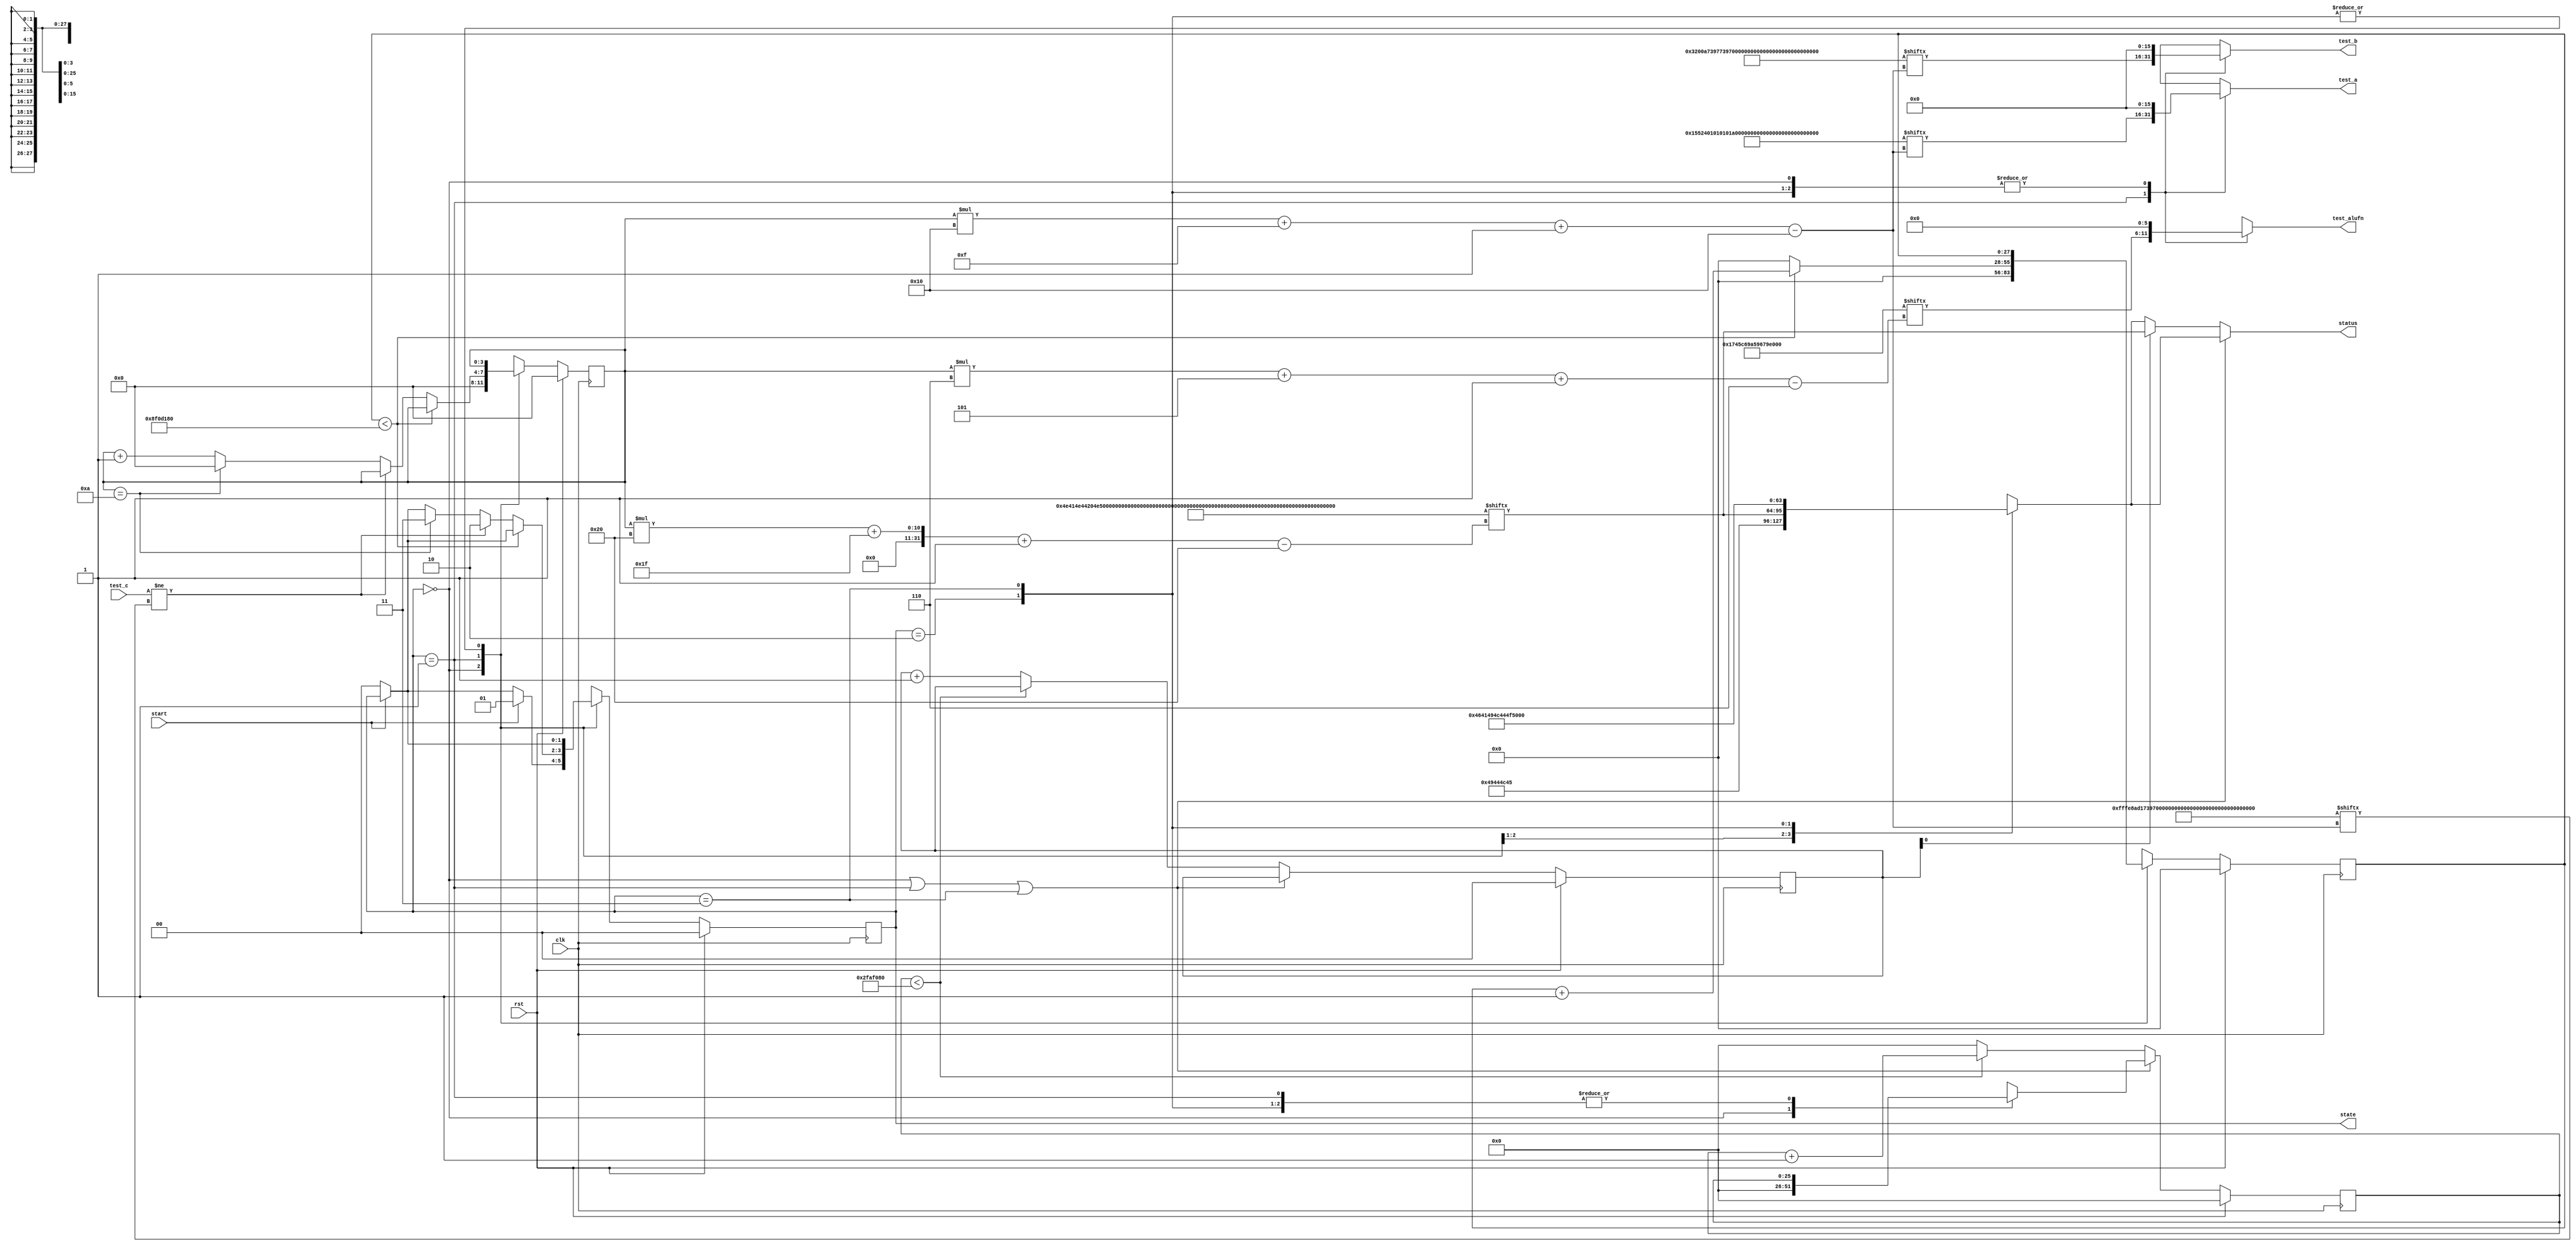
module basic_tester_14 (
    input clk,
    input rst,
    input start,
    input [15:0] test_c,
    output reg [15:0] test_a,
    output reg [15:0] test_b,
    output reg [5:0] test_alufn,
    output reg [1:0] state,
    output reg [31:0] status
  );
  
  localparam NUM_TEST_CASES = 4'hb;
  localparam TEST_NAME = 352'h4e414e44204e4f52202020422020413220204131584f5232584f5231204f5232204f5231414e4432414e4431;
  localparam TEST_A = 176'h00015524010101019999d5249a26ffff8880ffff4789;
  localparam TEST_B = 176'h0003200a739773970008ffe78008200a9949000a1a0e;
  localparam TEST_ALUFN = 66'h1745c69a59679e618;
  localparam TEST_C = 176'hfffe8ad17397010199992ac31a2effff99c9000a0208;
  localparam BYPASS_FAIL = 1'h0;
  localparam NUM_TEST_SECS = 2'h3;
  localparam NUM_FAIL_SECS = 1'h1;
  localparam NUM_FAIL_BLINKS = 2'h2;
  
  
  localparam NUM_TEST_TIMER_CYCLES = 28'h8f0d180;
  
  localparam NUM_FAIL_TIMER_CYCLES = 26'h2faf080;
  
  reg [31:0] next_status;
  
  reg [27:0] M_display_test_timer_d, M_display_test_timer_q = 1'h0;
  reg [25:0] M_display_fail_timer_d, M_display_fail_timer_q = 1'h0;
  reg [1:0] M_fail_blink_ctr_d, M_fail_blink_ctr_q = 1'h0;
  reg [3:0] M_tester_ctr_d, M_tester_ctr_q = 1'h0;
  localparam IDLE_tester_state = 2'd0;
  localparam TEST_tester_state = 2'd1;
  localparam FAIL_tester_state = 2'd2;
  localparam DONE_tester_state = 2'd3;
  
  reg [1:0] M_tester_state_d, M_tester_state_q = IDLE_tester_state;
  
  always @* begin
    M_tester_state_d = M_tester_state_q;
    M_display_fail_timer_d = M_display_fail_timer_q;
    M_display_test_timer_d = M_display_test_timer_q;
    M_fail_blink_ctr_d = M_fail_blink_ctr_q;
    M_tester_ctr_d = M_tester_ctr_q;
    
    status = 32'h00000000;
    test_a = 1'h0;
    test_b = 1'h0;
    test_alufn = 1'h0;
    if (!start) begin
      M_tester_state_d = IDLE_tester_state;
    end
    state = M_tester_state_q;
    next_status = 32'h4e554c4c;
    
    case (M_tester_state_q)
      IDLE_tester_state: begin
        M_display_test_timer_d = 1'h0;
        M_display_fail_timer_d = 1'h0;
        M_tester_ctr_d = 1'h0;
        next_status = 32'h49444c45;
        if (start) begin
          M_tester_state_d = TEST_tester_state;
        end
      end
      TEST_tester_state: begin
        next_status = TEST_NAME[(M_tester_ctr_q)*32+31-:32];
        test_a = TEST_A[(M_tester_ctr_q)*16+15-:16];
        test_b = TEST_B[(M_tester_ctr_q)*16+15-:16];
        test_alufn = TEST_ALUFN[(M_tester_ctr_q)*6+5-:6];
        if (M_display_test_timer_q < 28'h8f0d180) begin
          M_display_test_timer_d = M_display_test_timer_q + 1'h1;
        end else begin
          M_display_test_timer_d = 1'h0;
          if (test_c != TEST_C[(M_tester_ctr_q)*16+15-:16]) begin
            M_tester_state_d = FAIL_tester_state;
          end else begin
            if (M_tester_ctr_q == 5'h0a) begin
              M_tester_state_d = DONE_tester_state;
              M_tester_ctr_d = 1'h0;
            end else begin
              M_tester_ctr_d = M_tester_ctr_q + 1'h1;
            end
          end
        end
      end
      FAIL_tester_state: begin
        next_status = 32'h4641494c;
      end
      DONE_tester_state: begin
        next_status = 32'h444f4e45;
      end
    endcase
    if (M_tester_state_q == IDLE_tester_state | M_tester_state_q == TEST_tester_state | M_tester_state_q == DONE_tester_state) begin
      status = next_status;
    end else begin
      if (~M_fail_blink_ctr_q[0+0-:1]) begin
        status = next_status;
      end else begin
        status = TEST_NAME[(M_tester_ctr_q)*32+31-:32];
      end
      if (M_display_fail_timer_q < 26'h2faf080) begin
        M_display_fail_timer_d = M_display_fail_timer_q + 1'h1;
      end else begin
        M_display_fail_timer_d = 1'h0;
        if (1'h1) begin
          M_fail_blink_ctr_d = M_fail_blink_ctr_q + 1'h1;
        end else begin
          if (M_fail_blink_ctr_q < 5'h03) begin
            M_fail_blink_ctr_d = M_fail_blink_ctr_q + 1'h1;
          end else begin
            M_fail_blink_ctr_d = 1'h0;
            if (M_tester_ctr_q < 5'h0a) begin
              M_tester_state_d = TEST_tester_state;
              M_tester_ctr_d = M_tester_ctr_q + 1'h1;
            end else begin
              M_tester_state_d = DONE_tester_state;
              M_tester_ctr_d = 1'h0;
            end
          end
        end
      end
    end
  end
  
  always @(posedge clk) begin
    if (rst == 1'b1) begin
      M_display_test_timer_q <= 1'h0;
      M_display_fail_timer_q <= 1'h0;
      M_fail_blink_ctr_q <= 1'h0;
      M_tester_ctr_q <= 1'h0;
      M_tester_state_q <= 1'h0;
    end else begin
      M_display_test_timer_q <= M_display_test_timer_d;
      M_display_fail_timer_q <= M_display_fail_timer_d;
      M_fail_blink_ctr_q <= M_fail_blink_ctr_d;
      M_tester_ctr_q <= M_tester_ctr_d;
      M_tester_state_q <= M_tester_state_d;
    end
  end
  
endmodule